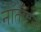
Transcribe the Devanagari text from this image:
नॉर्तँप्टन